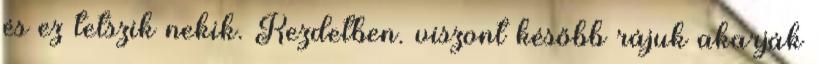
és ez tetszik nekik. Kezdetben. viszont később rájuk akarják